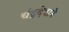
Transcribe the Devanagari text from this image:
चंद्रदेवाने